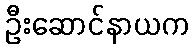
ဦးဆောင်နာယက